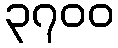
၃၇၀၀